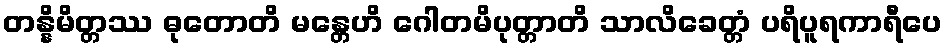
တန္နိမိတ္တဿ ဓုတောတိ မန္တေဟိ ဂေါတမိပုတ္တာတိ သာလိခေတ္တံ ပရိပူရကာရီပေ